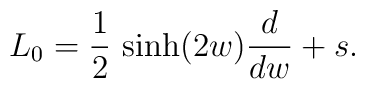
L_0=\frac{1}{2}\,\sinh(2w)\frac{d}{dw}+s.